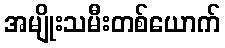
အမျိုးသမီးတစ်ယောက်